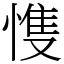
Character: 愯